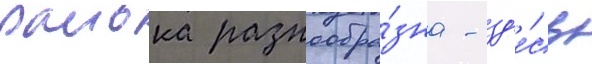
раиона разнообра́зна - зд'е́сь